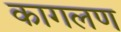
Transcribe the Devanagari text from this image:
कागलण